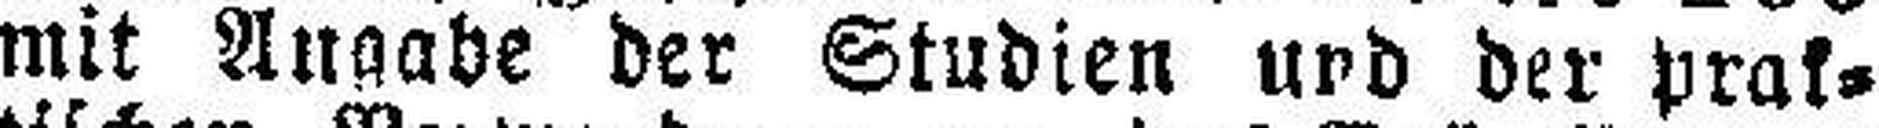
mit Angabe der Studien und der prak¬